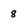
Character: 8